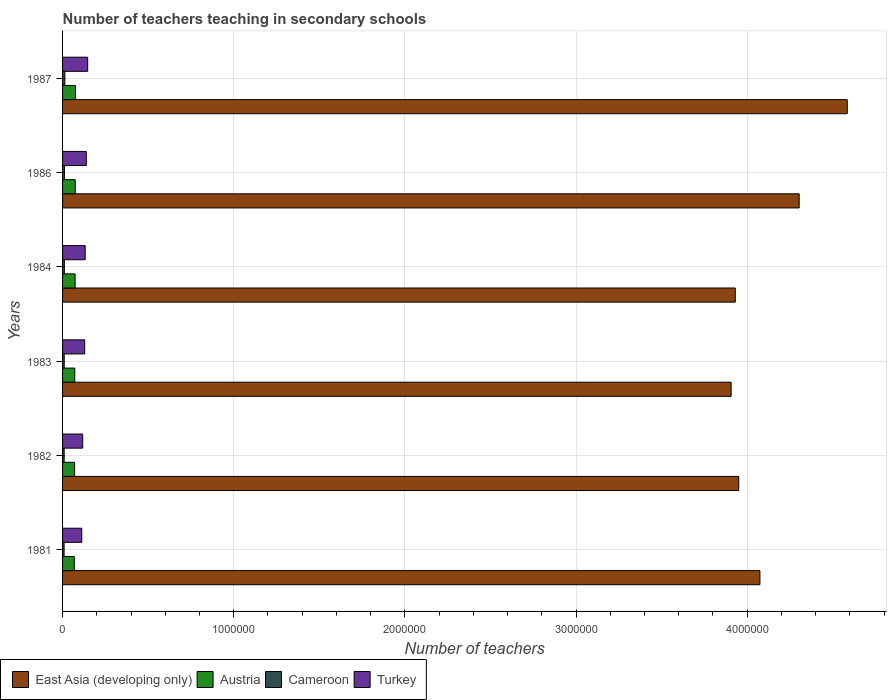
| Years | East Asia (developing only) | Austria | Cameroon | Turkey |
 | --- | --- | --- | --- | --- |
 | 1981 | 4.07e+06 | 6.85e+04 | 8.93e+03 | 1.12e+05 |
 | 1982 | 3.95e+06 | 7.04e+04 | 9.34e+03 | 1.18e+05 |
 | 1983 | 3.91e+06 | 7.13e+04 | 9.68e+03 | 1.29e+05 |
 | 1984 | 3.93e+06 | 7.33e+04 | 1.04e+04 | 1.32e+05 |
 | 1986 | 4.3e+06 | 7.4e+04 | 1.11e+04 | 1.39e+05 |
 | 1987 | 4.58e+06 | 7.53e+04 | 1.34e+04 | 1.47e+05 |